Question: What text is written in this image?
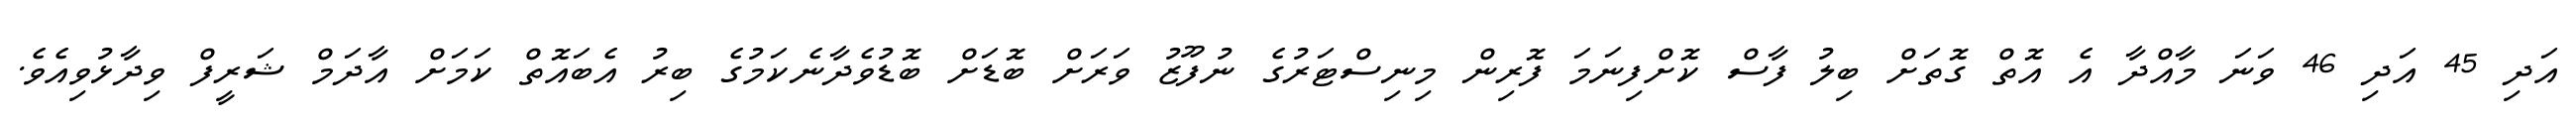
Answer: އަދި 45 އަދި 46 ވަނަ މާއްދާ އެ އޮތް ގޮތަށް ބިލު ފާސް ކޮށްފިނަމަ ފޮރިން މިނިސްޓަރުގެ ނުފޫޒު ވަރަށް ބޮޑަށް ބޮޑުވެދާނެކަމުގެ ބިރު އެބައޮތް ކަމަށް އާދަމް ޝަރީފް ވިދާޅުވިއެވެ.